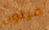
ميتون